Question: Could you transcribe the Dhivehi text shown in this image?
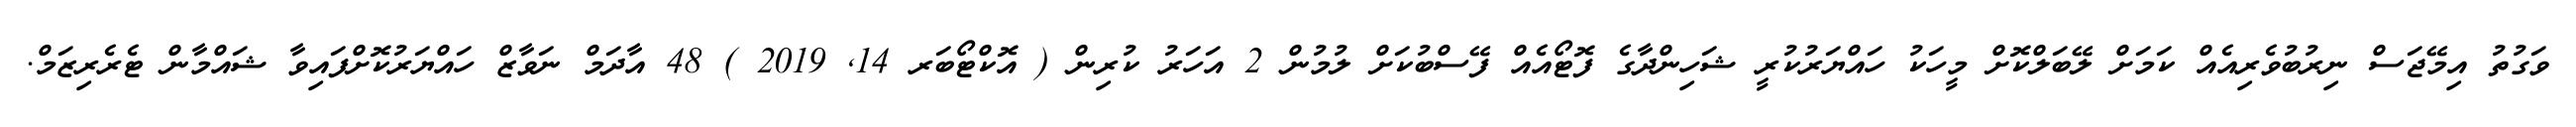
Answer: ވަގުތު އިމޭޖަސް ނިރުބުވެރިއެއް ކަމަށް ލޭބަލްކޮށް މީހަކު ހައްޔަރުކުރީ ޝަހިންދާގެ ފޮޓޯއެއް ފޭސްބުކަށް ލުމުން 2 އަހަރު ކުރިން ( އޮކްޓޯބަރ 14, 2019 ) 48 އާދަމް ނަވާޒް ހައްޔަރުކޮށްފައިވާ ޝައްމާން ޓެރެރިޒަމް.